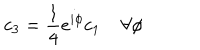
LaTeX: c _ { 3 } = \frac { 1 } { 4 } e ^ { i \phi } c _ { 1 } \; \forall \phi